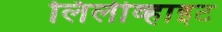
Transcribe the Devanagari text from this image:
लिलीव्हाइट